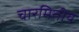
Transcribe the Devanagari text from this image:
चारमितीय